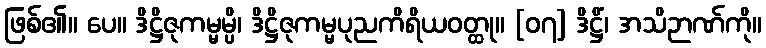
ဖြစ်၏။ ပေ။ ဒိဋ္ဌိဇုကမ္မမ္ပိ၊ ဒိဋ္ဌိဇုကမ္မပုညကိရိယဝတ္ထု။ [၀၇] ဒိဋ္ဌိံ၊ အသိဉာဏ်ကို။